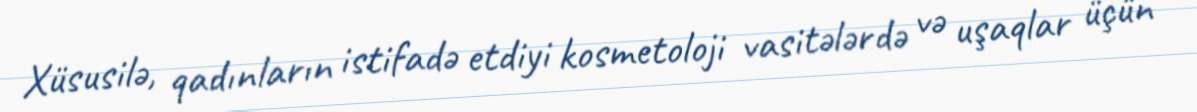
Xüsusilə, qadınların istifadə etdiyi kosmetoloji vasitələrdə və uşaqlar üçün